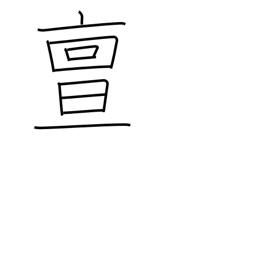
Meaning: truly